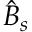
\hat { B } _ { s }